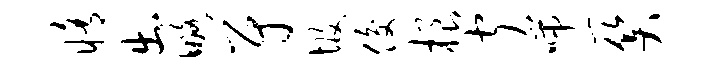
修出略尉圾俊根闻喘关